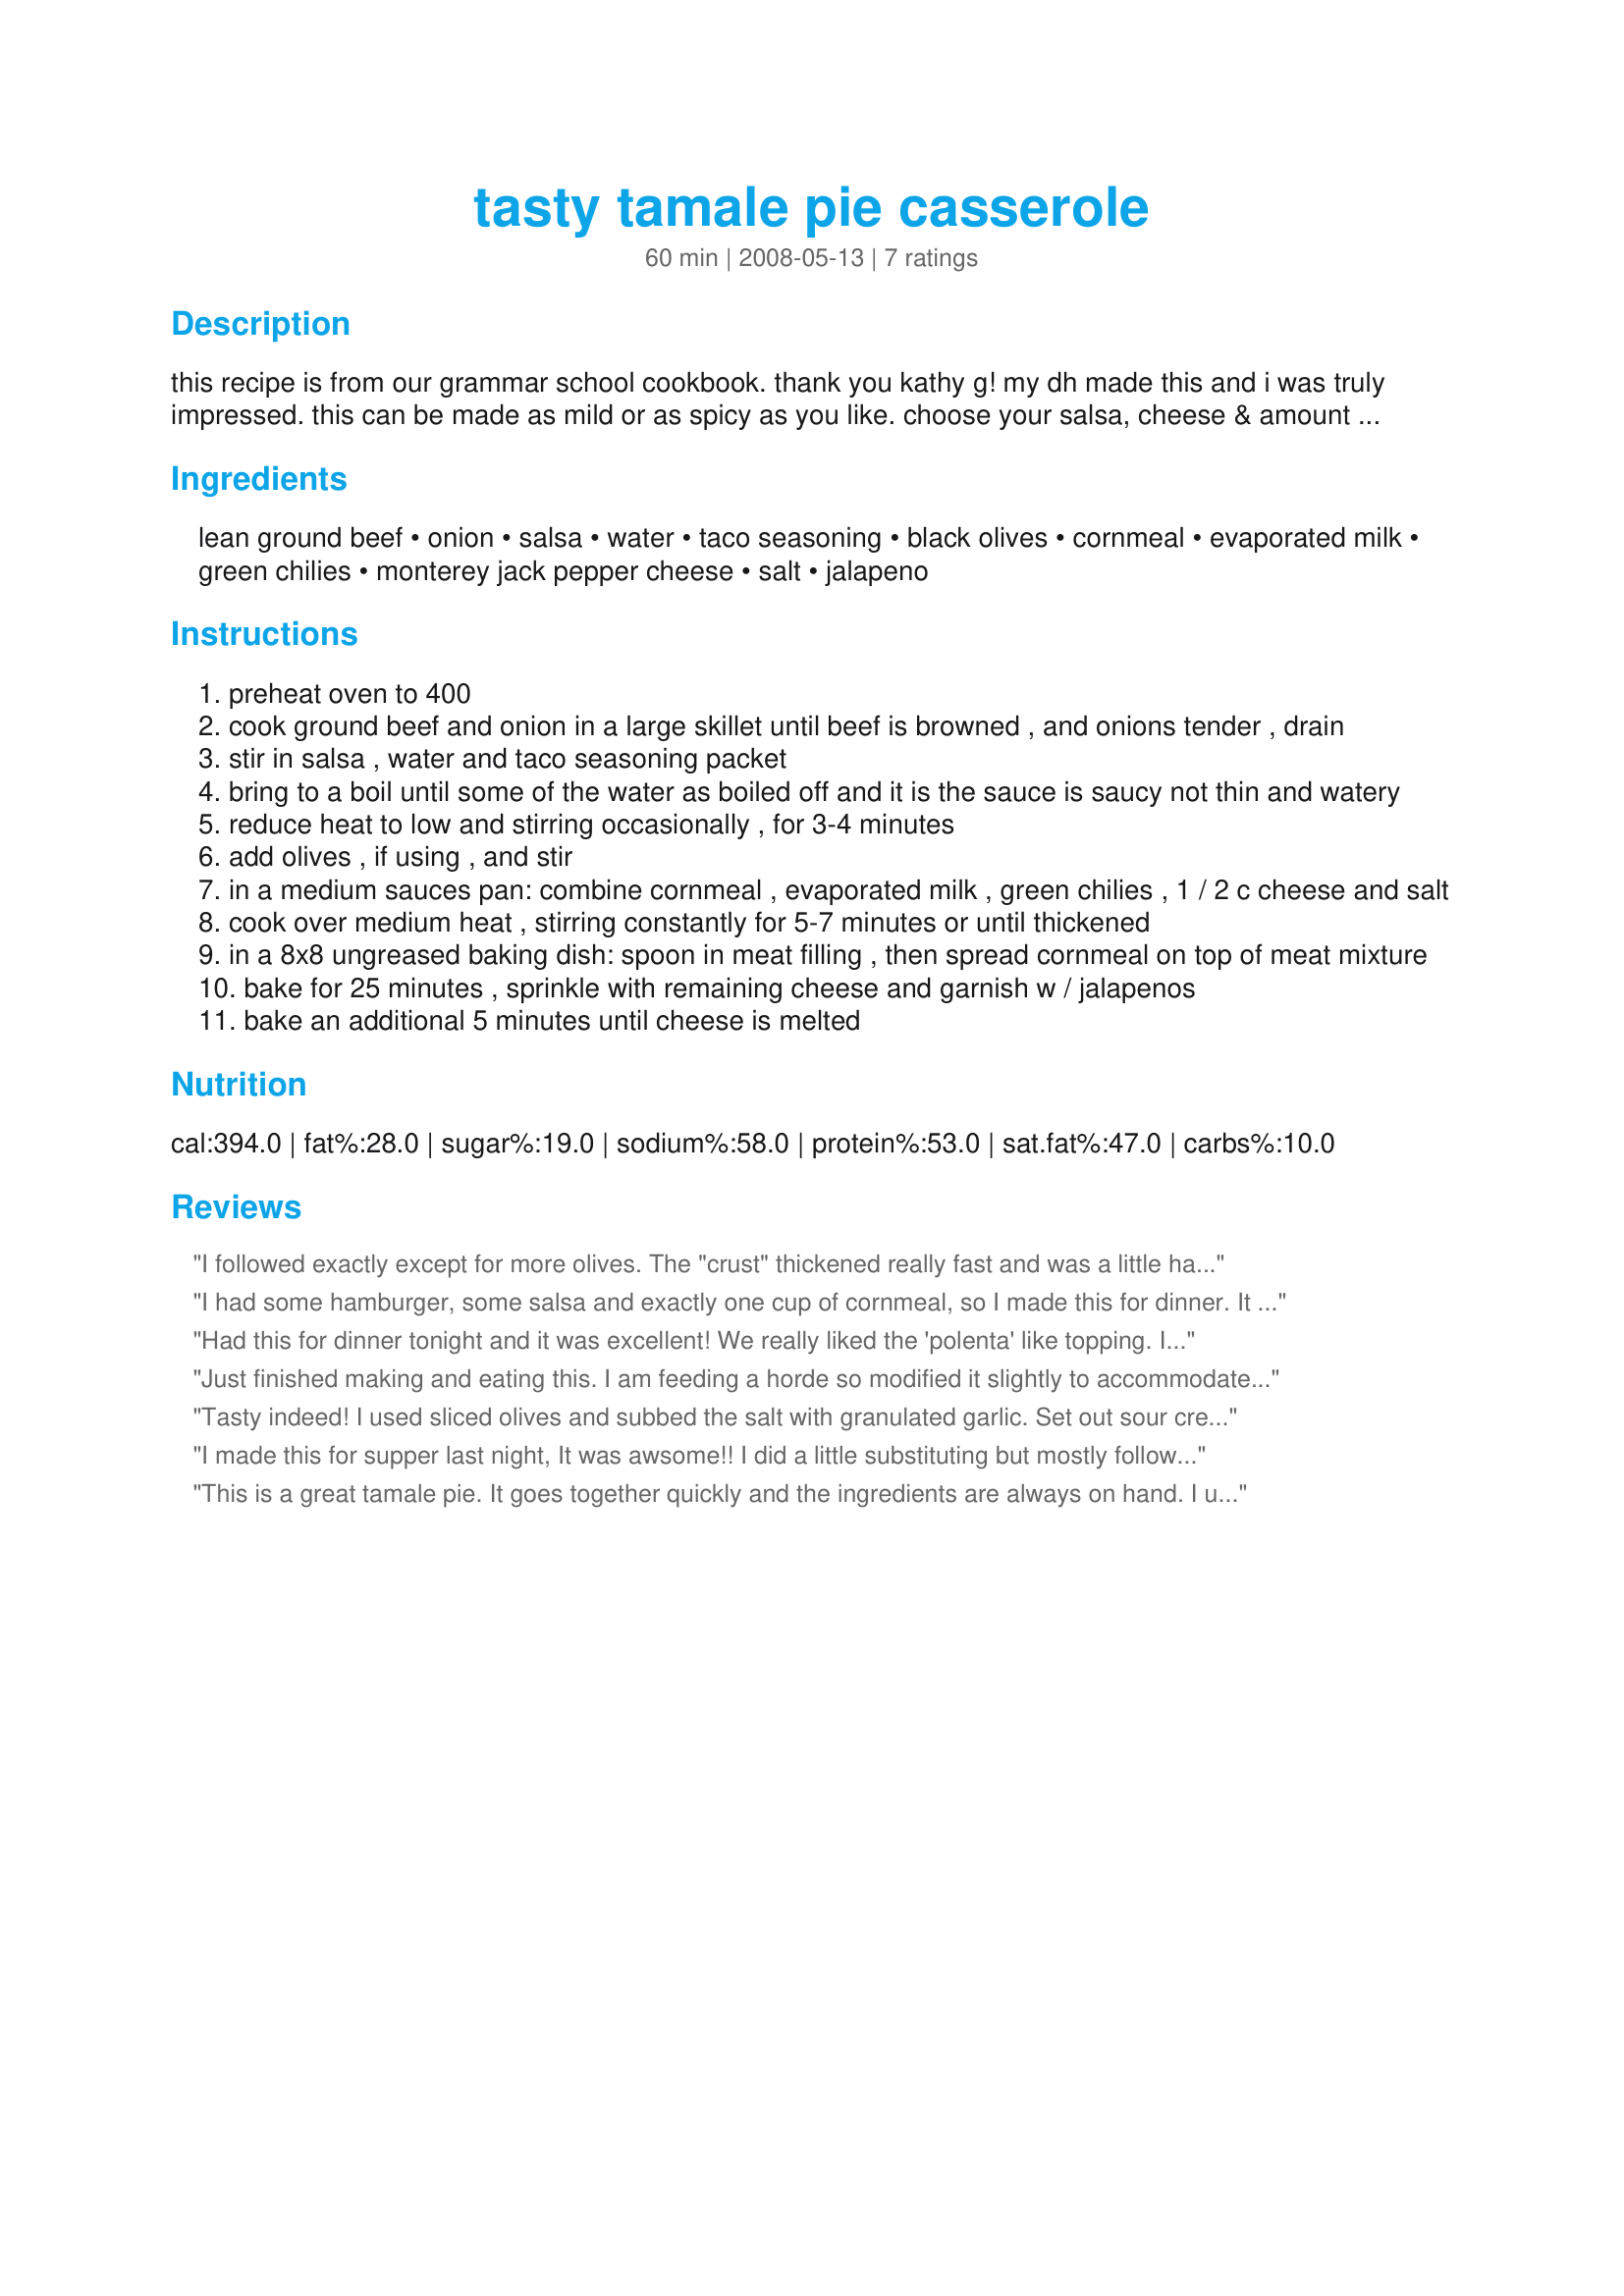
tasty tamale pie casserole
Preparation time: 60 minutes

this recipe is from our grammar school cookbook. thank you kathy g!
my dh made this and i was truly impressed. this can be made as mild or as spicy as you like. choose your salsa, cheese & amount of jalapeno according to your taste. olives are optional. i also like to make the salsa smoother in the food processor to make it more kid friendly (no pieces!). i have used both condensed and regular whole milk with success, also combined bottled and fresh salsa.

Ingredients:
lean ground beef, onion, salsa, water, taco seasoning, black olives, cornmeal, evaporated milk, green chilies, monterey jack pepper cheese, salt, jalapeno

Steps:
preheat oven to 400
cook ground beef and onion in a large skillet until beef is browned , and onions tender , drain
stir in salsa , water and taco seasoning packet
bring to a boil until some of the water as boiled off and it is the sauce is saucy not thin and watery
reduce heat to low and stirring occasionally , for 3-4 minutes
add olives , if using , and stir
in a medium sauces pan: combine cornmeal , evaporated milk , green chilies , 1 / 2 c cheese and salt
cook over medium heat , stirring constantly for 5-7 minutes or until thickened
in a 8x8 ungreased baking dish: spoon in meat filling , then spread cornmeal on top of meat mixture
bake for 25 minutes , sprinkle with remaining cheese and garnish w / jalapenos
bake an additional 5 minutes until cheese is melted

Reviews:
I followed exactly except for more olives. The "crust" thickened really fast and was a little hard to spread, but tasted like a really good tamale. Next time I'll use HOT salsa & add an additional jalepeno or two and serve with sour cream. We had a ranch salad on the side and it was a perfect dinner! A definite keeper!
I had some hamburger, some salsa and exactly one cup of cornmeal, so I made this for dinner. It was a big hit with the family. I added my own standard taco seasonings and also a can of pinto beans. Topped it with sour cream - just delicious. Thanks for posting!
Had this for dinner tonight and it was excellent! We really liked the 'polenta' like topping. I added kidney beans, just because, and used mozza/cheddar as that was what was in the fridge.
Just finished making and eating this. I am feeding a horde so modified it slightly to accommodate not havng quite enough to double the recipe, and mostly all that entailed was adding a can of refried beans to the meat mix. Left out the jalape&ntilde;os. I also used my own taco seasoning, recipe available on garden-of-eatin.com So in actuality, I made it almost exactly as written, and it's a solid 5 star. Definitely use a good salsa, a poor one would make the difference in a recipe like this!
Tasty indeed! I used sliced olives and subbed the salt with granulated garlic. Set out sour cream and homemade salsa to top it with and it was thoroughly enjoyed by my family! Thanks for sharing! **Made for the P-A-R-T-Y Cooking Event**
I made this for supper last night, It was awsome!! I did a little substituting but mostly followed the recipe, I used 3/4 cup of picante sauce and a 8 oz can of mexican tomato sauce in place of the 16 oz salsa. Good eats I tell ya!
This is a great tamale pie. It goes together quickly and the ingredients are always on hand. I used my own salsa and taco seasoning and instead of a jalapeno I used 1 habanaro.
